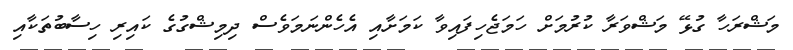
މަޝްރަހާ ގުޅޭ މަޝްވަރާ ކުރުމަށް ހަމަޖެހިފައިވާ ކަމަށާއި އެހެންނަމަވެސް ދިމިޝްގުގެ ކައިރި ހިސާބުތަކާއި